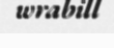
wrabill